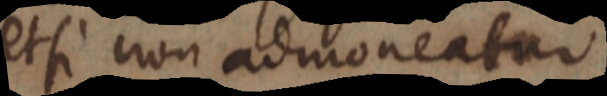
et si non admoneatur